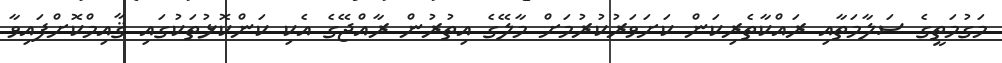
މަގުމަތީގެ ސަލާމަތާއި ރައްކާތެރިކަން ކަށަވަރުކުރުމަށް މާލޭގެ އިތުރުން ރާއްޖޭގެ އެކި ކަންކޮޅުތަކުގައި ޤާއިމްކޮށްފައިވާ